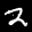
Label: 2